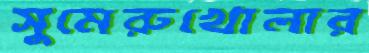
সুমেরুখোলার